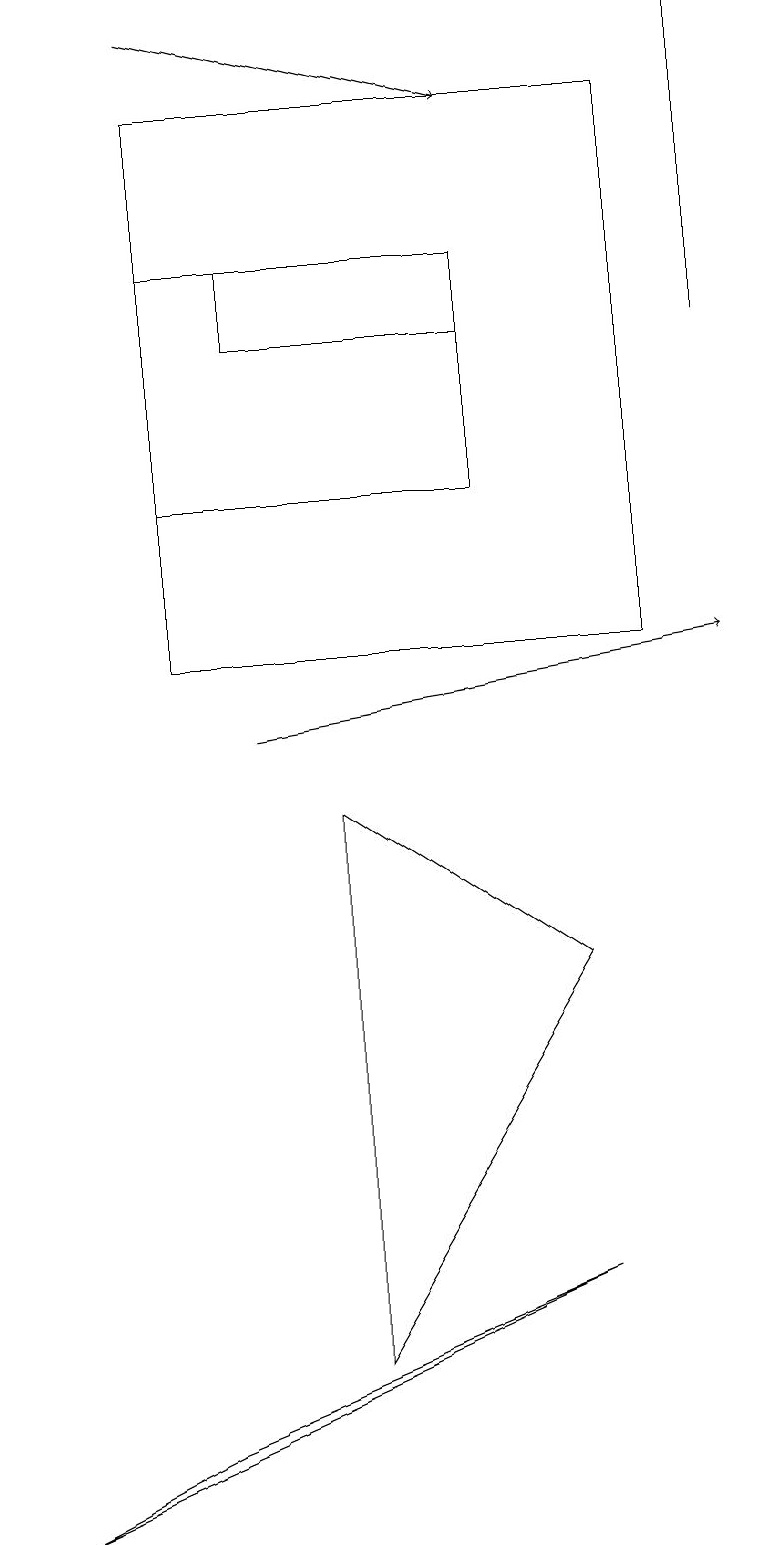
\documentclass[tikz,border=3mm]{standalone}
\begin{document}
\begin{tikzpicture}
\draw (0,0) -- (2,1) -- (7,3) -- cycle;
\draw[->] (2,19) -- (6,18);
\draw[->] (3,10) -- (9,11);
\draw (6,16) rectangle (2,13);
\draw (7,7) -- (4,2) -- (4,9) -- cycle;
\draw (9,19) rectangle (9,15);
\draw (6,16) rectangle (3,15);
\draw (2,11) rectangle (8,18);
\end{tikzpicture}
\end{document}